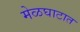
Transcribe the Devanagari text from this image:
मेळघाटात